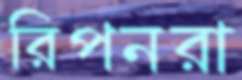
রিপনরা